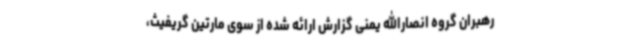
رهبران گروه انصارالله یمنی گزارش ارائه شده از سوی مارتین گریفیث،